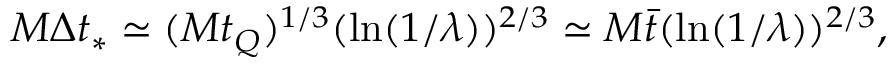
M \Delta t _ { * } \simeq ( M t _ { Q } ) ^ { 1 / 3 } ( \ln ( 1 / \lambda ) ) ^ { 2 / 3 } \simeq M { \bar { t } } ( \ln ( 1 / \lambda ) ) ^ { 2 / 3 } ,